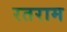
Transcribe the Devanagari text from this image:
रतराम